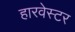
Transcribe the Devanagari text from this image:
हारवेस्टर